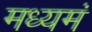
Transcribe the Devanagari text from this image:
मध्यमं